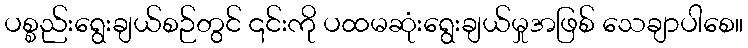
ပစ္စည်းရွေးချယ်စဉ်တွင် ၎င်းကို ပထမဆုံးရွေးချယ်မှုအဖြစ် သေချာပါစေ။